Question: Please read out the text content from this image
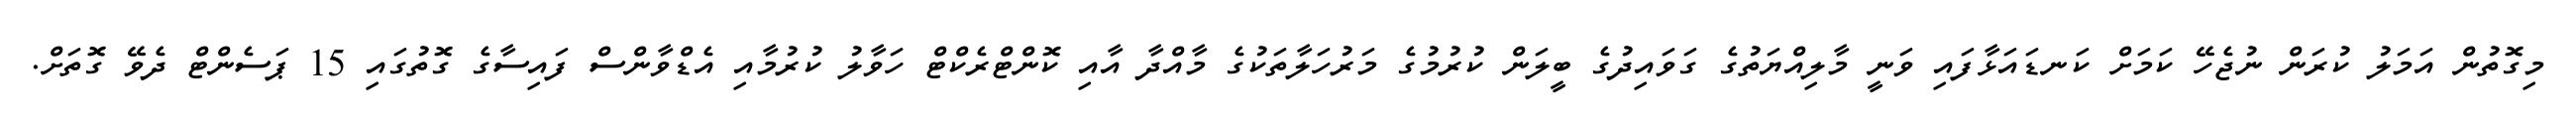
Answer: މިގޮތުން އަމަލު ކުރަން ނުޖެހޭ ކަމަށް ކަނޑައަޅާފައި ވަނީ މާލިއްޔަތުގެ ގަވައިދުގެ ބީލަން ކުރުމުގެ މަރުހަލާތަކުގެ މާއްދާ އާއި ކޮންޓްރެކްޓް ހަވާލު ކުރުމާއި އެޑްވާންސް ފައިސާގެ ގޮތުގައި 15 ޕަސެންޓް ދެވޭ ގޮތަށް.